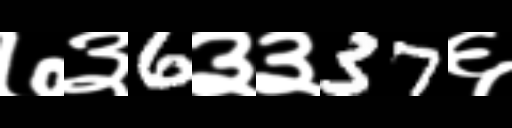
Text: ७३6३३37६